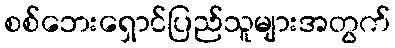
စစ်ဘေးရှောင်ပြည်သူများအတွက်